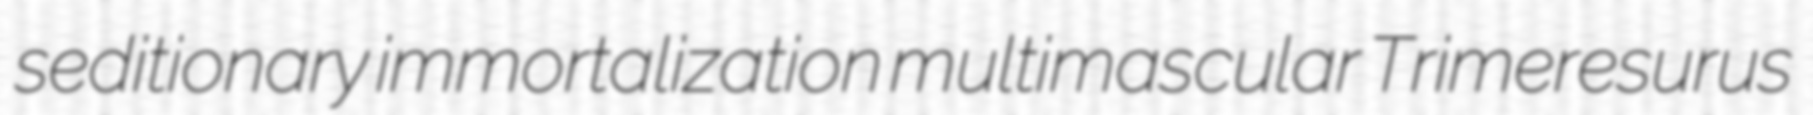
seditionary immortalization multimascular Trimeresurus